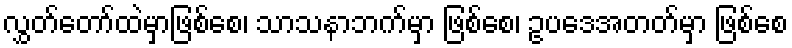
လွှတ်တော်ထဲမှာဖြစ်စေ၊ သာသနာဘက်မှာ ဖြစ်စေ၊ ဥပဒေအတတ်မှာ ဖြစ်စေ